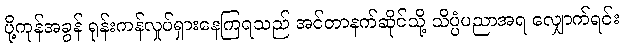
ပို့ကုန်အခွန် ရုန်းကန်လှုပ်ရှားနေကြရသည် အင်တာနက်ဆိုင်သို့ သိပ္ပံပညာအရ လျှောက်ရင်း